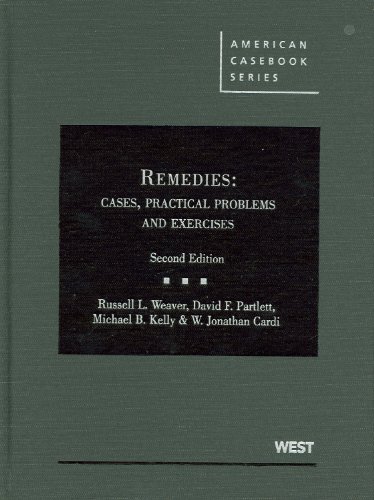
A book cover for Remedies: Cases, Practical Problems and Exercises, 2d (American Casebook) (American Casebook Series); Russell Weaver; Law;